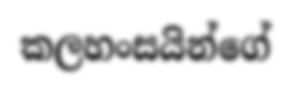
කලහංසයින්ගේ